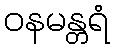
ဝနမန္တရံ